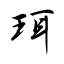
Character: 珥